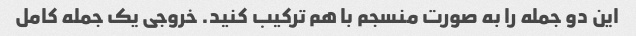
این دو جمله را به صورت منسجم با هم ترکیب کنید. خروجی یک جمله کامل